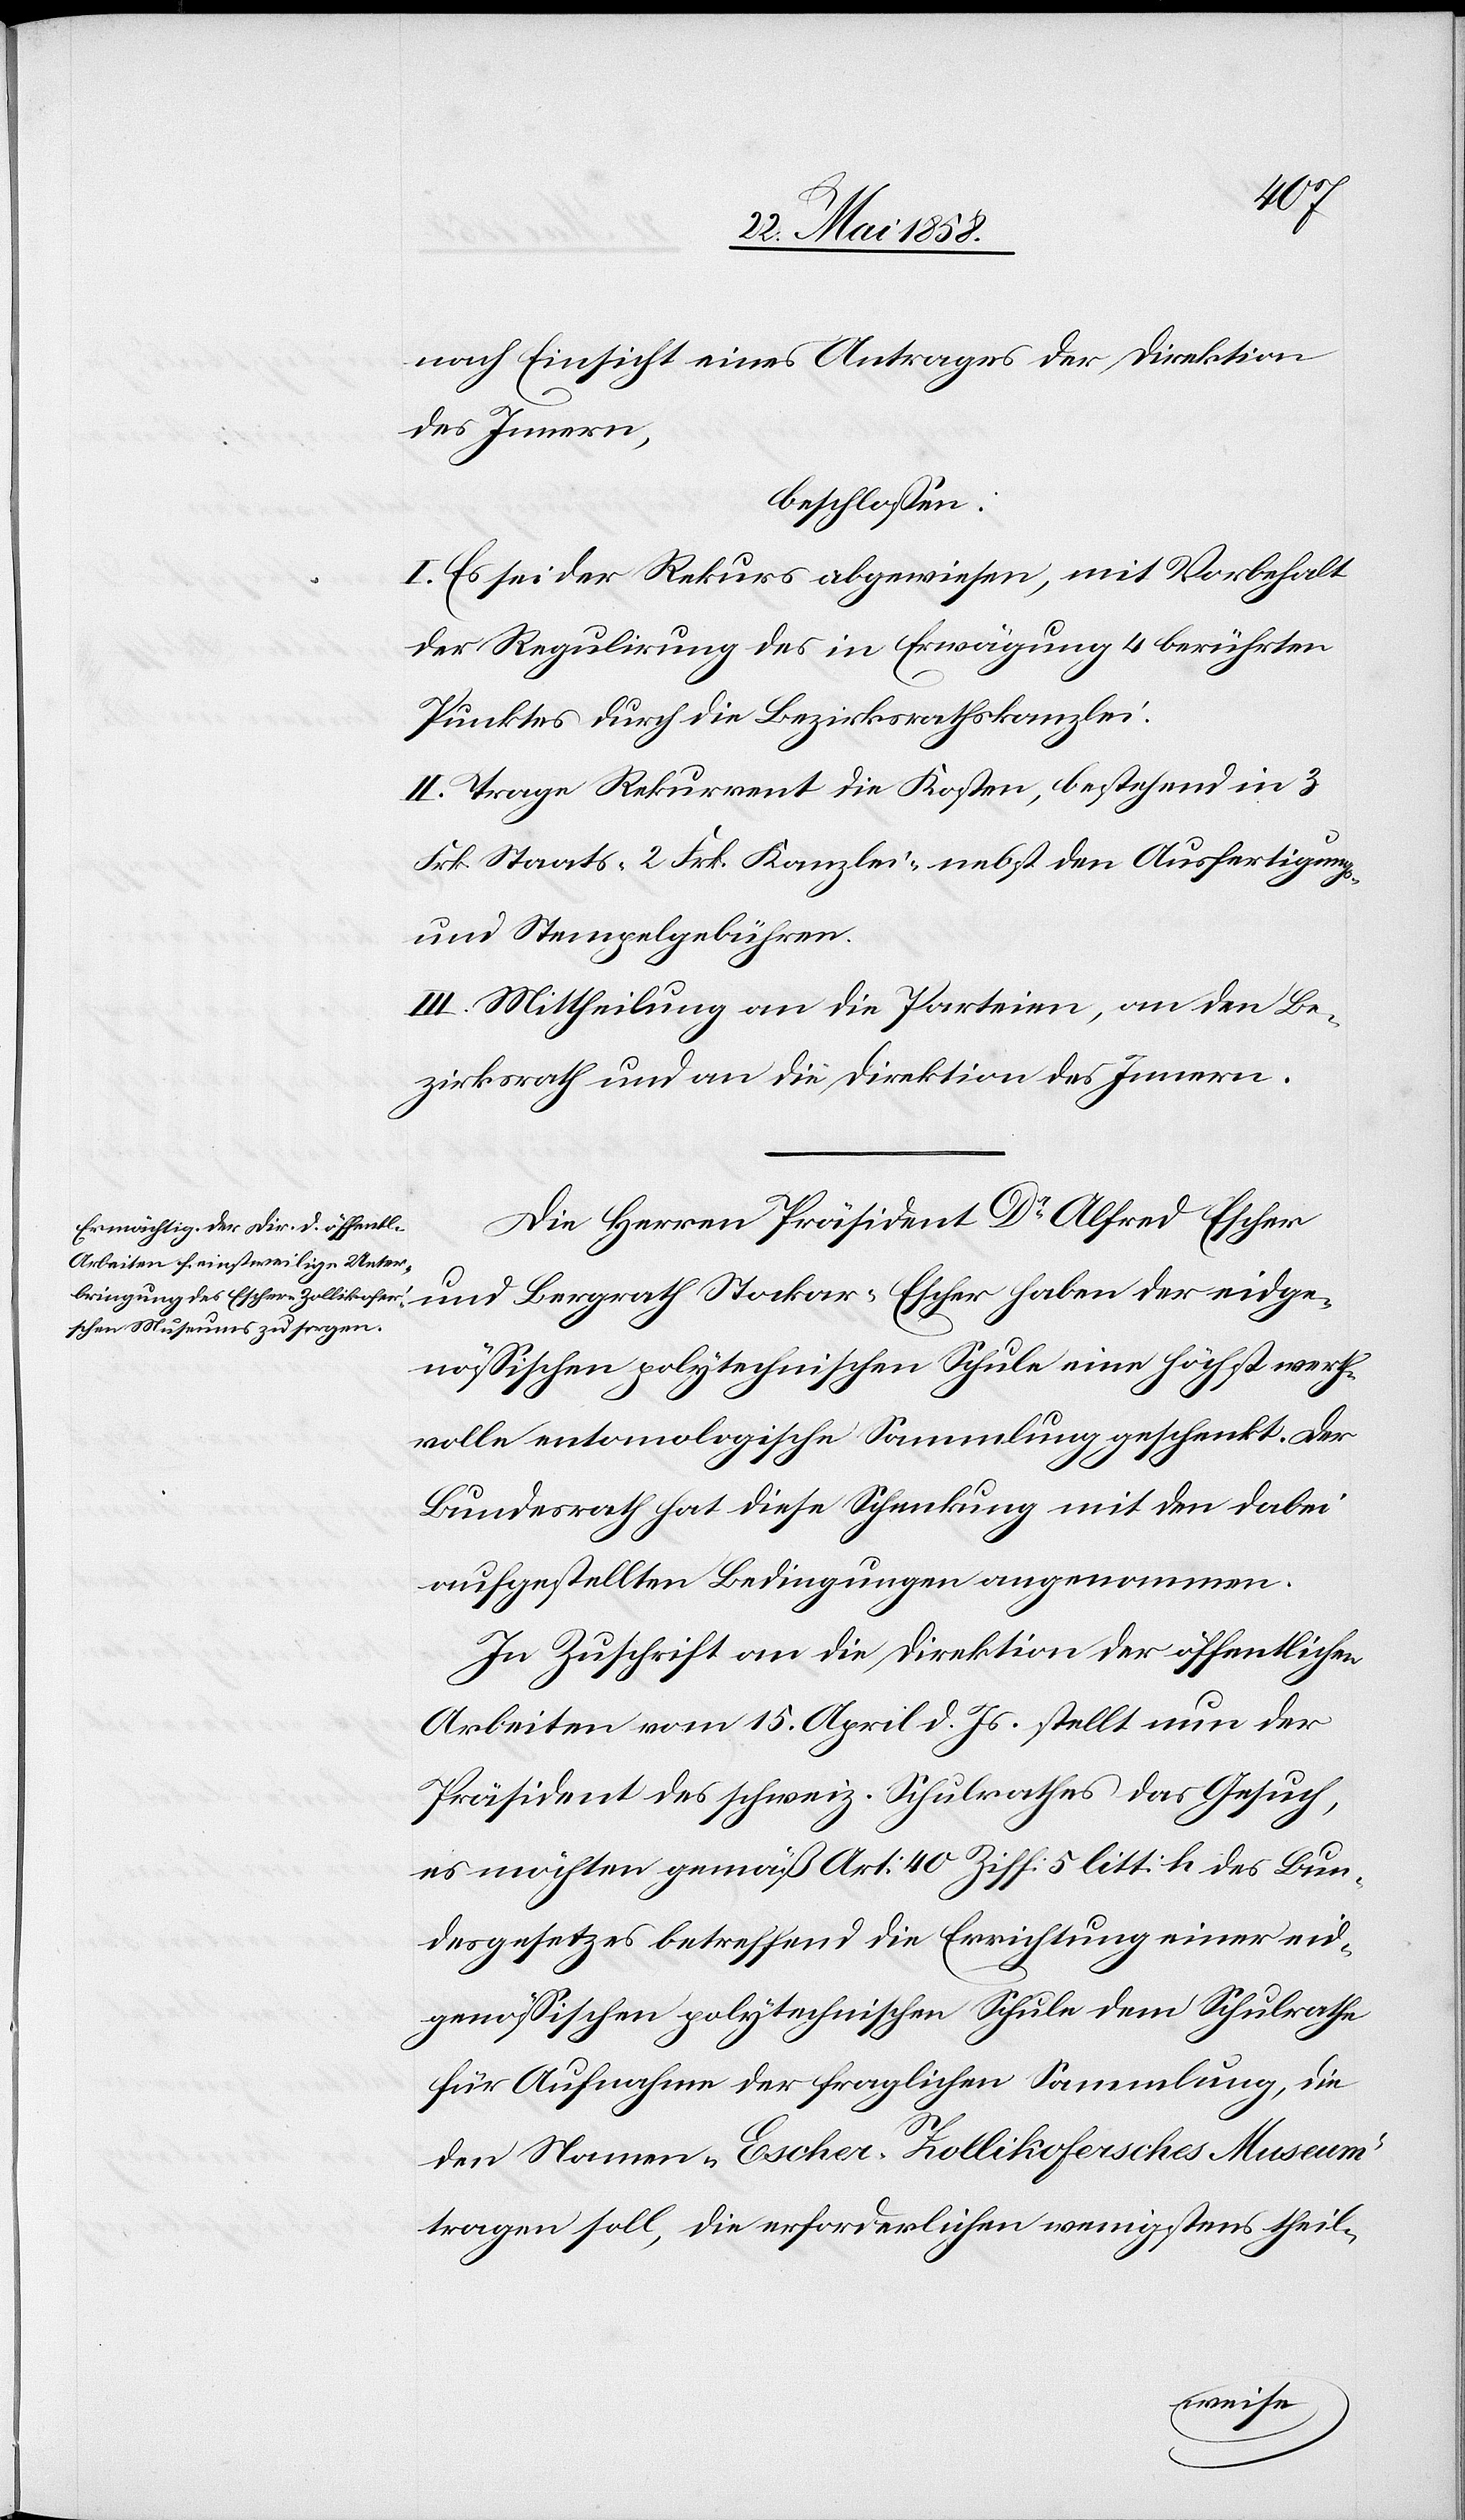
nach Einsicht eines Antrages der Direktion
des Innern,
beschlossen:
I. Es sei der Rekurs abgewiesen, mit Vorbehalt
der Regulirung des in Erwägung 4 berührten
Punktes durch die Bezirksrathskanzlei.
II. Trage Rekurrent die Kosten, bestehend in 3
Frk. Staats-[,] 2 Frk. Kanzlei- nebst den Ausfertigungs-
und Stempelgebühren.
III. Mittheilung an die Parteien, an den Be¬
zirksrath und an die Direktion des Innern.
Die Herren Präsident Dr Alfred Escher
nössischen polytechnischen Schule eine höchst werth¬
volle entomologische Sammlung geschenkt. Der
Bundesrath hat diese Schenkung mit den dabei
aufgestellten Bedingungen angenommen.
In Zuschrift an die Direktion der öffentlichen
Arbeiten vom 15. April d. Js. stellt nun der
Präsident des schweiz. Schulrathes das Gesuch,
es möchten gemäß Art. 40 Ziff. 5 litt. h des Bun¬
desgesetzes betreffend die Errichtung einer eid¬
genössischen polytechnischen Schule dem Schulrathe
für Aufnahme der fraglichen Sammlung, die
den Namen „Escher-Zollikofersches Museum“
tragen soll, die erforderlichen wenigstens theil-
eidge¬